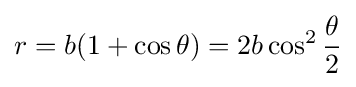
r=b(1+\cos \theta )=2b\cos ^{2}{\frac {\theta }{2}}